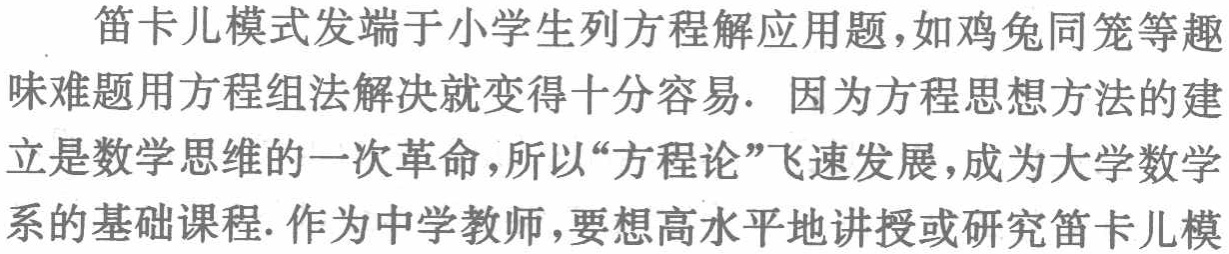
笛卡儿模式发端于小学生列方程解应用题，如鸡兔同笼等趣味难题用方程组法解决就变得十分容易. 因为方程思想方法的建立是数学思维的一次革命，所以“方程论”飞速发展，成为大学数学系的基础课程. 作为中学教师，要想高水平地讲授或研究笛卡儿模